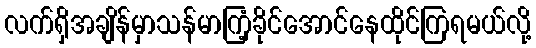
လက်ရှိအချိန်မှာသန်မာကြံ့ခိုင်အောင်နေထိုင်ကြရမယ်လို့